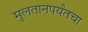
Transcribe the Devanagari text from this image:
मुलतानपर्यंतचा